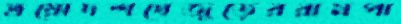
ত্রয়োদশখেজুড়েররামপা